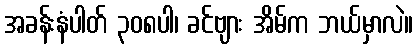
အခန်းနံပါတ် ၃၀၈ပါ၊ ခင်ဗျား အိမ်က ဘယ်မှာလဲ။